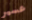
عسير